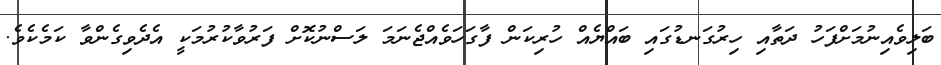
ބަލިވެއިނުމަށްފަހު ދަތާއި ހިރުގަނޑުގައި ބައްޔެއް ހުރިކަން ފާގަހަވެއްޖެނަމަ ލަސްނުކޮށް ފަރުވާކުރުމަކީ އެދެވިގެންވާ ކަމެކެވެ.